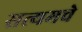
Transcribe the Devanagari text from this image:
सत्यमचे